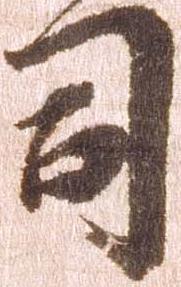
司